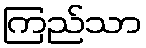
ကြည်သာ